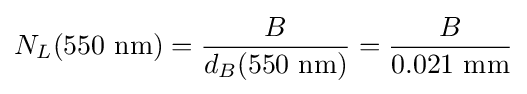
N_{L}(550{\text{ nm}})={\frac {B}{d_{B}(550{\text{ nm}})}}={\frac {B}{0.021{\text{ mm}}}}